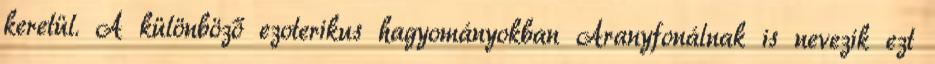
keretül. A különböző ezoterikus hagyományokban Aranyfonálnak is nevezik ezt